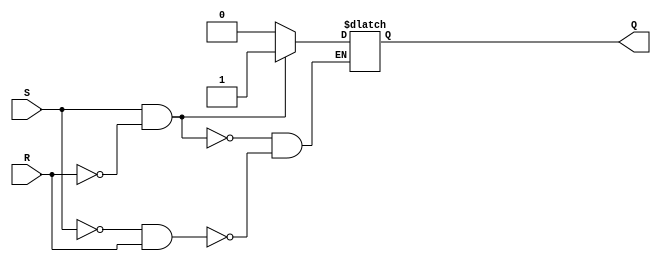
module sr_flip_flop(
    input S, R,
    output reg Q
);

always @ (S, R)
begin
    if (S && !R) // Set the flip-flop
        Q <= 1'b1;
    else if (!S && R) // Reset the flip-flop
        Q <= 1'b0;
    else
        Q <= Q; // Keep the current state if both S and R are high
end

endmodule